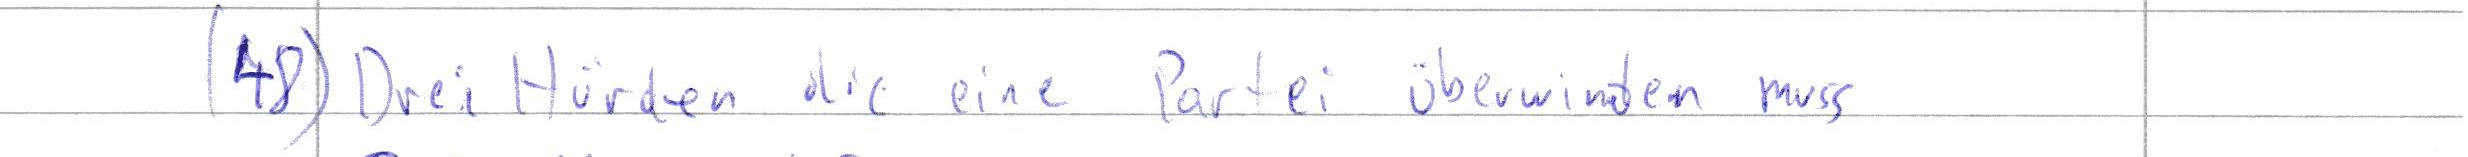
(48) Drei Hürden die eine Partei überwinden muss